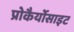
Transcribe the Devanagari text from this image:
प्रोकैर्योसाइट